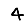
Digit: 4